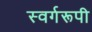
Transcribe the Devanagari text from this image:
स्वर्गरूपी